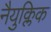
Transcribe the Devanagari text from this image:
नैयुक्लिक